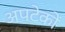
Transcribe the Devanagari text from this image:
अपटेकों